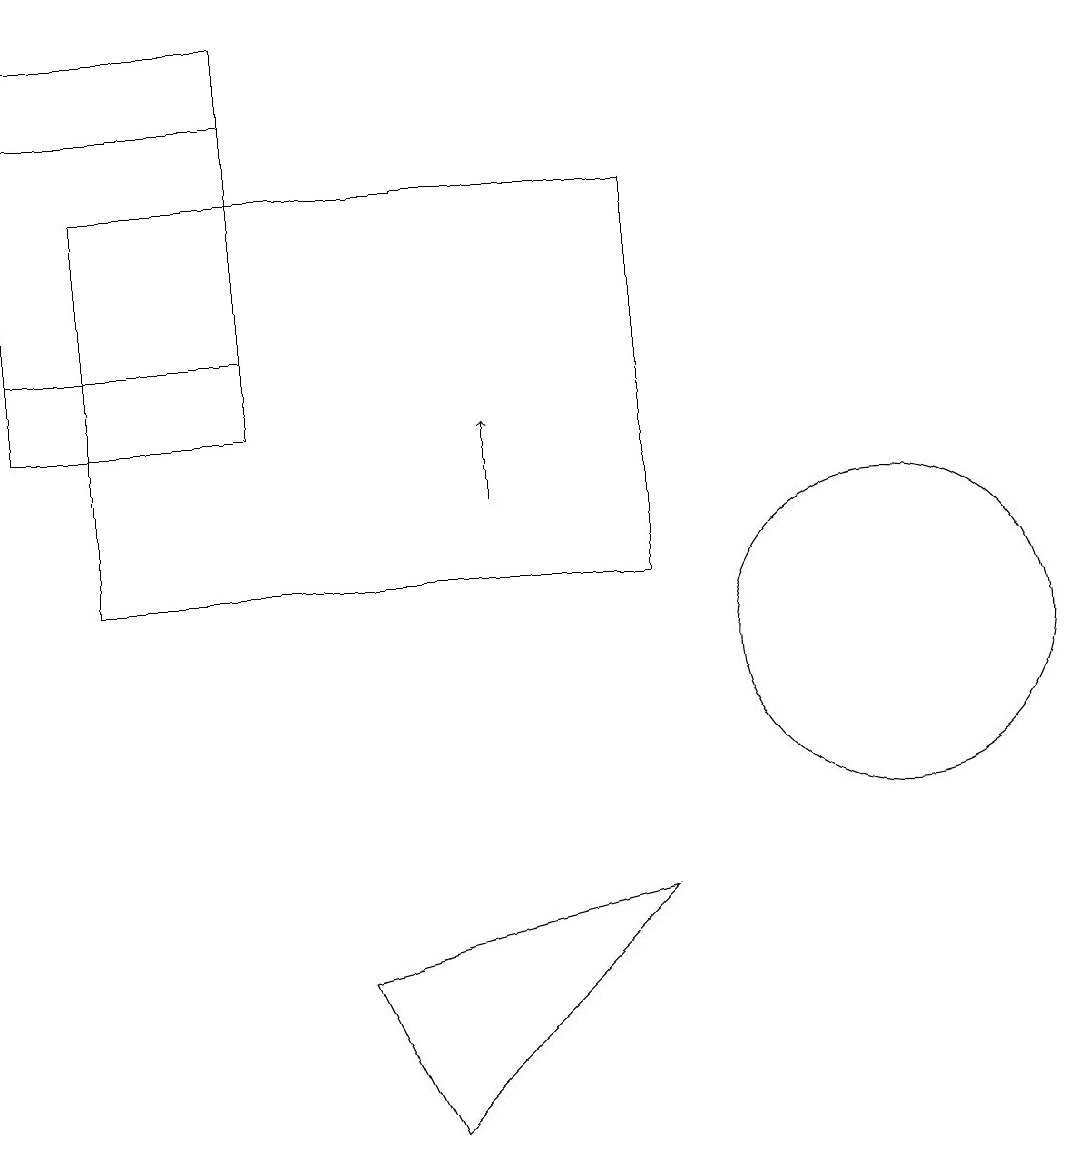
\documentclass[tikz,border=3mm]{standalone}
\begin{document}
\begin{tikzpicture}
\draw (4,17) rectangle (1,14);
\draw (9,7) -- (5,6) -- (6,4) -- cycle;
\draw (2,16) rectangle (9,11);
\draw (12,10) circle (2);
\draw (4,13) rectangle (1,18);
\draw[->] (7,12) -- (7,13);
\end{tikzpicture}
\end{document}